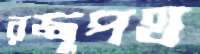
রজ্জুপথ